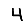
Digit: 4